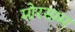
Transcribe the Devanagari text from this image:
मोरसम्म